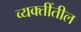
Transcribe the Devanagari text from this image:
व्यक्तींतील